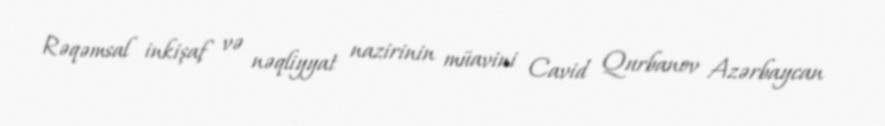
Rəqəmsal inkişaf və nəqliyyat nazirinin müavini Cavid Qurbanov Azərbaycan